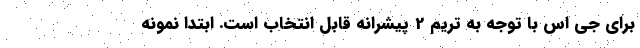
برای جی اس با توجه به تریم 2 پیشرانه قابل انتخاب است. ابتدا نمونه